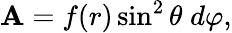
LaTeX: {\cal\mathbf{A}}=f(r)\sin^{2}\theta\; d\varphi,